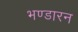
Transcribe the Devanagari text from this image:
भण्डारन